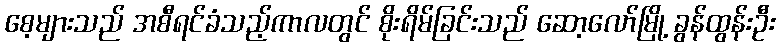
စေ့များသည် အစီရင်ခံသည့်ကာလတွင် စိုးရိမ်ခြင်းသည် ဆော့လော်မြို့ ခွန်ထွန်းဦး